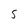
Character: S